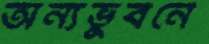
অন্যভুবনে